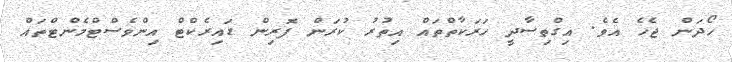
ހޯދަން ޖެހެ އެވެ. އިގްތިސާދީ ހަރަކާތްތައް އިތުރު ކުރަން ފޮރިން ޑައިރެކްޓް އިންވެސްޓްމެންޓްތައް